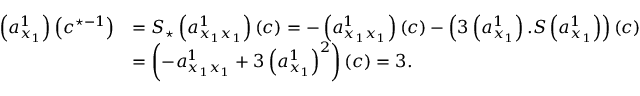
\begin{array} { r l } { \left( a _ { x _ { 1 } } ^ { 1 } \right) \left( c ^ { \star - 1 } \right) } & { = S _ { \star } \left( a _ { x _ { 1 } x _ { 1 } } ^ { 1 } \right) \left( c \right) = - \left( a _ { x _ { 1 } x _ { 1 } } ^ { 1 } \right) \left( c \right) - \left( 3 \left( a _ { x _ { 1 } } ^ { 1 } \right) . S \left( a _ { x _ { 1 } } ^ { 1 } \right) \right) \left( c \right) } \\ & { = \left( - a _ { x _ { 1 } x _ { 1 } } ^ { 1 } + 3 \left( a _ { x _ { 1 } } ^ { 1 } \right) ^ { 2 } \right) \left( c \right) = 3 . } \end{array}